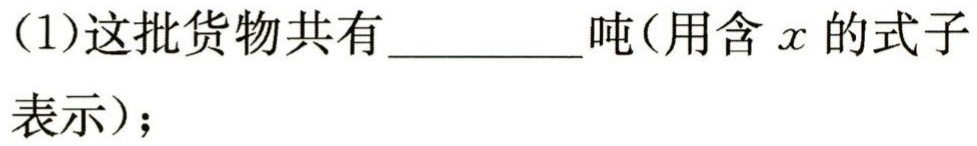
(1)这批货物共有__________吨（用含\(x\)的式子表示）；